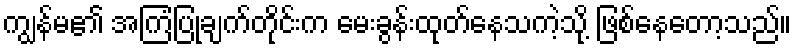
ကျွန်မ၏ အကြံပြုချက်တိုင်းက မေးခွန်းထုတ်နေသကဲ့သို့ ဖြစ်နေတော့သည်။